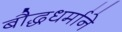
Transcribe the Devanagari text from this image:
बौद्धधर्माने